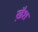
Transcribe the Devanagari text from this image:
ख़ैश